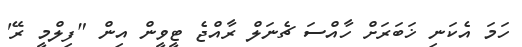
ހަމަ އެކަނި ޚަބަރަށް ހާއްސަ ޗެނަލް ރާއްޖެ ޓީވީން އިން "ފިލްމީ ރޭ'